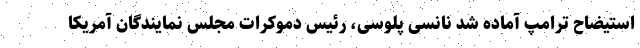
استیضاح ترامپ آماده شد نانسی پلوسی، رئیس دموکرات مجلس نمایندگان آمریکا